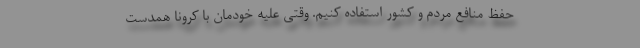
حفظ منافع مردم و کشور استفاده کنیم. وقتی علیه خودمان با کرونا همدست